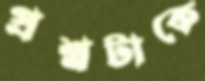
প্রশ্নটাকে